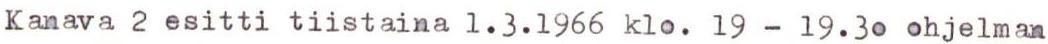
Kanava 2 esitti tiistaina 1.3.1966 klo. 19 --19.30 ohjelman